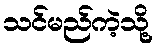
သင်မည်ကဲ့သို့